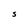
Character: S